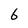
Character: 6